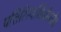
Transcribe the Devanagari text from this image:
पत्तिरित्यभिधीयते॥